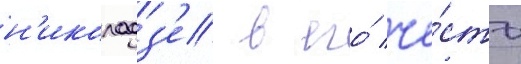
н'иколадз'е в его́ че́сть